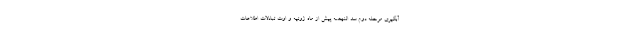
آبگیری مرحله دوم سد النهضه پیش از ماه ژوئیه و اوت تبادلات اطلاعات